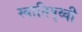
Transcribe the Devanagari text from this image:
स्वातिपृथ्वी